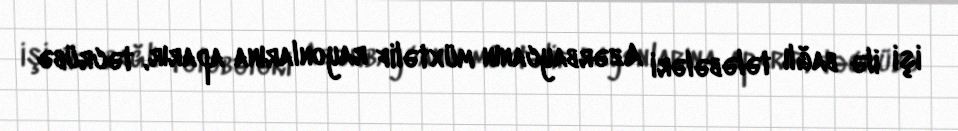
işi ilə bağlı tələbələri Azərbaycanın müxtəlif rayonlarına aparır, təcrübə